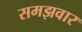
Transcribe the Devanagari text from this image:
समझवार